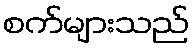
စက်များသည်